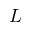
L